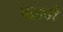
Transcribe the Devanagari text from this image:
पाडवो